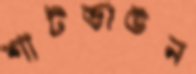
শাটডাউন